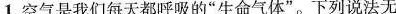
1.空气是我们每天都呼吸的”生命气体”。下列说法无